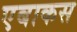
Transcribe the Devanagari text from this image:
एबाकस